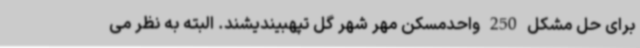
برای حل مشکل 250 واحدمسکن مهر شهر گل تپهبیندیشند. البته به نظر می